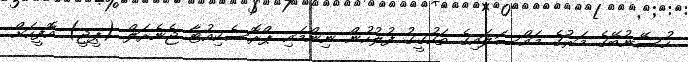
ހުސޭނުބޭގެ މަރުގެ މައްސަލައިގެ ތަހުގީގު ފުލުހުން ނިންމައި ޕްރޮސެކިއުޓާ ޖެނެރަލް (ޕީޖީ) އޮފީހަށް